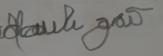
Signature authenticity: forged